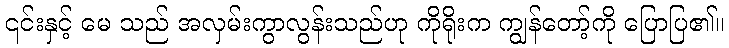
၎င်းနှင့် မေ သည် အလှမ်းကွာလွန်းသည်ဟု ကိုရိုးက ကျွန်တော့်ကို ပြောပြ၏။